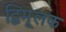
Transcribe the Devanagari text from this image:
द्विमूलक